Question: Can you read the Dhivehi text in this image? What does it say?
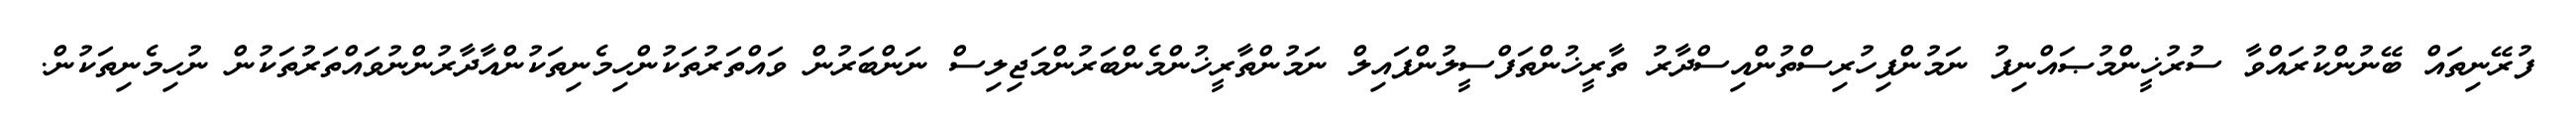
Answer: ފުރޭނިތައް ބޭނުންކުރައްވާ ސުރުޚީންމުޞައްނިފު ނަމުންފިހުރިސްތުންއިސްދާރު ތާރީޚުންތަފްސީލުންފައިލް ނަމުންތާރީޚުންމެންބަރުންމަޖިލިސް ނަންބަރުން ވައްތަރުތަކުންހިމެނިތަކުންއާދާރުންނުވައްތަރުތަކުން ނުހިމެނިތަކުން.